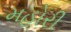
મહોરી